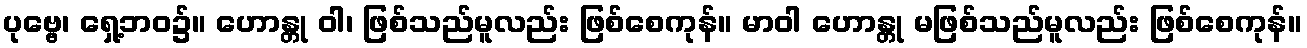
ပုဗ္ဗေ၊ ရှေ့ဘဝ၌။ ဟောန္တု ဝါ၊ ဖြစ်သည်မူလည်း ဖြစ်စေကုန်။ မာဝါ ဟောန္တု မဖြစ်သည်မူလည်း ဖြစ်စေကုန်။